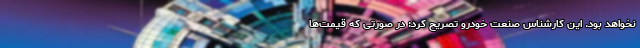
نخواهد بود. این کارشناس صنعت خودرو تصریح کرد: در صورتی که قیمت‌ها